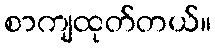
စာကျထုတ်တယ်။